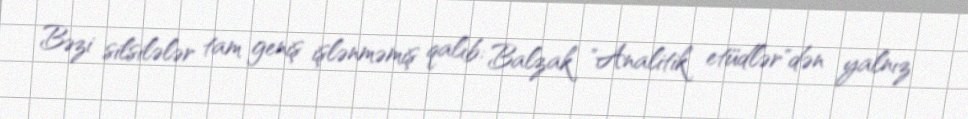
Bəzi silsilələr tam geniş işlənməmiş qalıb: Balzak "Analitik etüdlər"dən yalnız